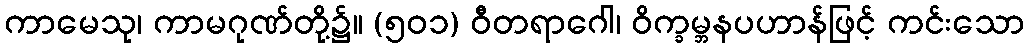
ကာမေသု၊ ကာမဂုဏ်တို့၌။ (၅၀၁) ဝီတရာဂေါ၊ ဝိက္ခမ္ဘနပဟာန်ဖြင့် ကင်းသော